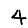
Digit: 4